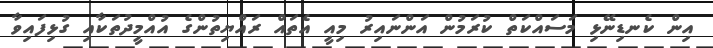
އިން ކެނޑިނޭޅި މަސައްކަތް ކުރަމުން އަންނައިރު މިއީ އެތައް ރައްޔިތުންގެ އުއްމީދުތަކާއި ގުޅިފައިވާ